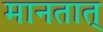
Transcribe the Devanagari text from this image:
मानतात्